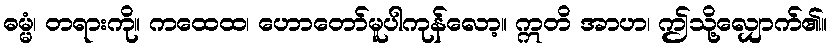
ဓမ္မံ၊ တရားကို။ ကထေထ၊ ဟောတော်မူပါကုန်လော့။ ဣတိ အာဟ၊ ဤသို့လျှောက်၏။